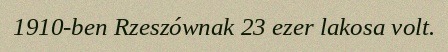
1910-ben Rzeszównak 23 ezer lakosa volt.